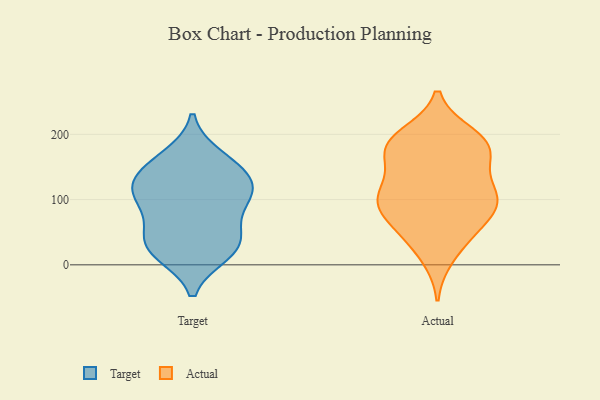
{"axis": {"x": "Conversion Rate (%)", "y": "Value"}, "legend": ["Actual", "Target"], "data": [{"x": "", "y": 23, "type": "Target"}, {"x": "", "y": 145, "type": "Target"}, {"x": "", "y": 113, "type": "Target"}, {"x": "", "y": 106, "type": "Target"}, {"x": "", "y": 18, "type": "Target"}, {"x": "", "y": 151, "type": "Target"}, {"x": "", "y": 52, "type": "Target"}, {"x": "", "y": 123, "type": "Target"}, {"x": "", "y": 110, "type": "Target"}, {"x": "", "y": 41, "type": "Target"}, {"x": "", "y": 27, "type": "Target"}, {"x": "", "y": 165, "type": "Target"}, {"x": "", "y": 90, "type": "Target"}, {"x": "", "y": 97, "type": "Actual"}, {"x": "", "y": 13, "type": "Actual"}, {"x": "", "y": 170, "type": "Actual"}, {"x": "", "y": 175, "type": "Actual"}, {"x": "", "y": 70, "type": "Actual"}, {"x": "", "y": 100, "type": "Actual"}, {"x": "", "y": 54, "type": "Actual"}, {"x": "", "y": 40, "type": "Actual"}, {"x": "", "y": 115, "type": "Actual"}, {"x": "", "y": 191, "type": "Actual"}, {"x": "", "y": 100, "type": "Actual"}, {"x": "", "y": 118, "type": "Actual"}, {"x": "", "y": 164, "type": "Actual"}, {"x": "", "y": 198, "type": "Actual"}, {"x": "", "y": 183, "type": "Actual"}, {"x": "", "y": 79, "type": "Actual"}, {"x": "", "y": 186, "type": "Actual"}, {"x": "", "y": 105, "type": "Actual"}]}